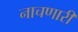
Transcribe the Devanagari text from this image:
नाचणारी